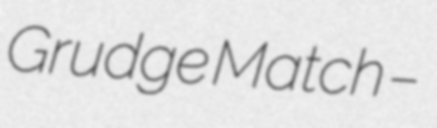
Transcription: Grudge Match –